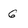
Character: G